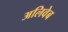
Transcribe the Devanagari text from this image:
अलिवेब